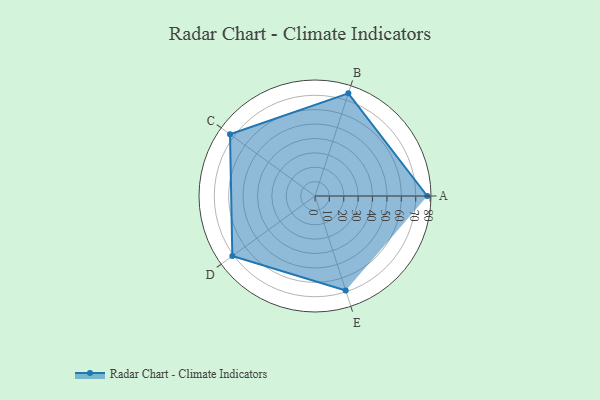
{"axis": {"x": "Skill", "y": "Score"}, "legend": ["Profile"], "data": [{"x": "A", "y": 78.0, "type": "Profile"}, {"x": "B", "y": 75.0, "type": "Profile"}, {"x": "C", "y": 73.0, "type": "Profile"}, {"x": "D", "y": 71.0, "type": "Profile"}, {"x": "E", "y": 69.0, "type": "Profile"}]}